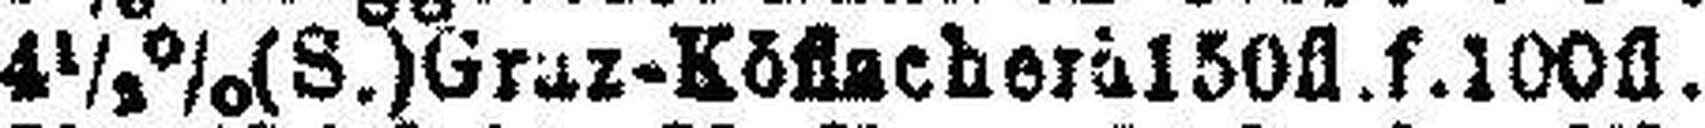
4½% (S.) Graz-Köflacher à 150fl.f.100fl.